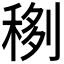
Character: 𥟻